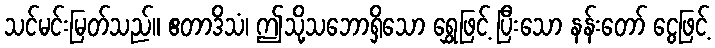
သင်မင်းမြတ်သည်။ ဧတာဒိသံ၊ ဤသို့သဘောရှိသော ရွှေဖြင့် ပြီးသော နန်းတော် ငွေဖြင့်